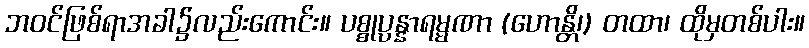
ဘဝင်ဖြစ်ရာအခါ၌လည်းကောင်း။ ပစ္စုပ္ပန္နာရမ္မဏာ (ဟောန္တိ၊) တထာ၊ ထိုမှတစ်ပါး။